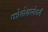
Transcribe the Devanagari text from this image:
फोटोग्रामेटरी